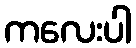
ကလေးပါ